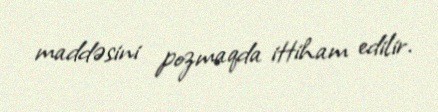
maddəsini pozmaqda ittiham edilir.